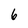
Character: 6